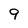
Character: 9